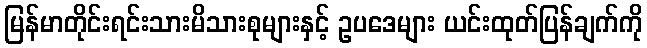
မြန်မာတိုင်းရင်းသားမိသားစုများနှင့် ဥပဒေများ ယင်းထုတ်ပြန်ချက်ကို